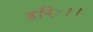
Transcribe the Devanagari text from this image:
हरिः।।